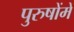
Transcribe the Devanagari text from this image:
पुरुषोंमें